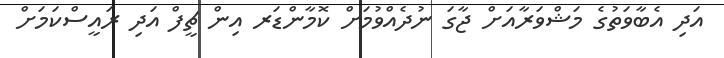
އަދި އެބާވަތުގެ މަޝްވަރާއަށް ޖާގަ ނުދެއްވުމަށް ކޮމާންޑަރ އިން ޗީފް އަދި ރައީސްކަމަށް